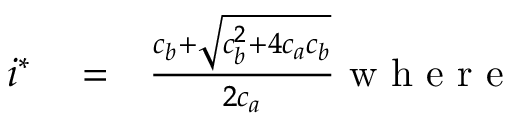
\begin{array} { r l r } { i ^ { * } } & { { } = } & { \frac { c _ { b } + \sqrt { c _ { b } ^ { 2 } + 4 c _ { a } c _ { b } } } { 2 c _ { a } } \mathrm { ~ w ~ h ~ e ~ r ~ e ~ } } \end{array}